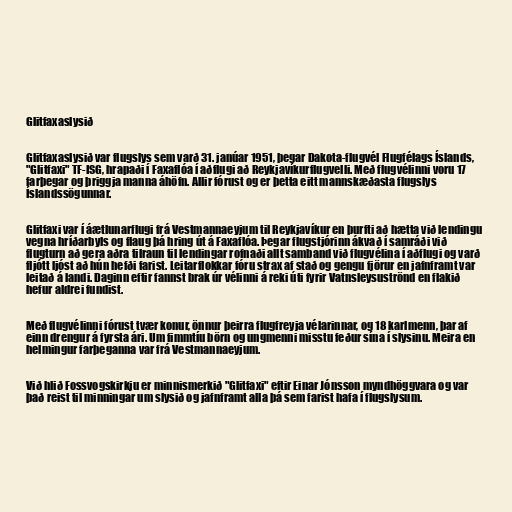
Glitfaxaslysið

Glitfaxaslysið var flugslys sem varð 31. janúar 1951, þegar Dakota-flugvél Flugfélags Íslands,
"Glitfaxi" TF-ISG, hrapaði í Faxaflóa í aðflugi að Reykjavíkurflugvelli. Með flugvélinni voru 17
farþegar og þriggja manna áhöfn. Allir fórust og er þetta eitt mannskæðasta flugslys
Íslandssögunnar.

Glitfaxi var í áætlunarflugi frá Vestmannaeyjum til Reykjavíkur en þurfti að hætta við lendingu
vegna hríðarbyls og flaug þá hring út á Faxaflóa. Þegar flugstjórinn ákvað í samráði við
flugturn að gera aðra tilraun til lendingar rofnaði allt samband við flugvélina í aðflugi og varð
fljótt ljóst að hún hefði farist. Leitarflokkar fóru strax af stað og gengu fjörur en jafnframt var
leitað á landi. Daginn eftir fannst brak úr vélinni á reki úti fyrir Vatnsleysuströnd en flakið
hefur aldrei fundist.

Með flugvélinni fórust tvær konur, önnur þeirra flugfreyja vélarinnar, og 18 karlmenn, þar af
einn drengur á fyrsta ári. Um fimmtíu börn og ungmenni misstu feður sína í slysinu. Meira en
helmingur farþeganna var frá Vestmannaeyjum.

Við hlið Fossvogskirkju er minnismerkið "Glitfaxi" eftir Einar Jónsson myndhöggvara og var
það reist til minningar um slysið og jafnframt alla þá sem farist hafa í flugslysum.